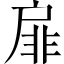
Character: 扉